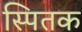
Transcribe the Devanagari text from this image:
स्पितक